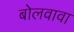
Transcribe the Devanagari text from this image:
बोलवावा